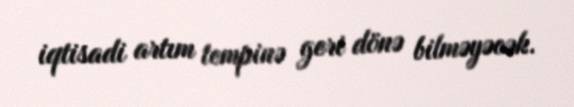
iqtisadi artım tempinə geri dönə bilməyəcək.